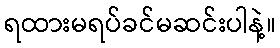
ရထားမရပ်ခင်မဆင်းပါနဲ့။